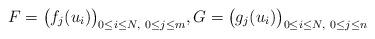
LaTeX: \begin{align*}F=\big(f_j(u_i)\big)_{0\le i\le N,\ 0\le j\le m},G=\big(g_j(u_i)\big)_{0\le i\le N,\ 0\le j\le n}\end{align*}